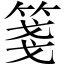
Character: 箋